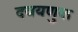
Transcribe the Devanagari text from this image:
दवयणुक